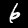
Digit: 6